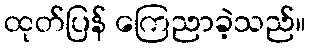
ထုတ်ပြန် ကြေညာခဲ့သည်။